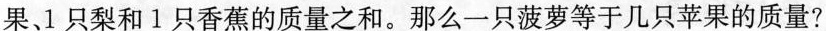
果、1只梨和1只香蕉的质量之和。那么一只菠萝等于几只苹果的质量?